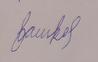
Signature authenticity: forged